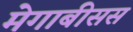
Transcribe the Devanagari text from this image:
मेगाबीसस